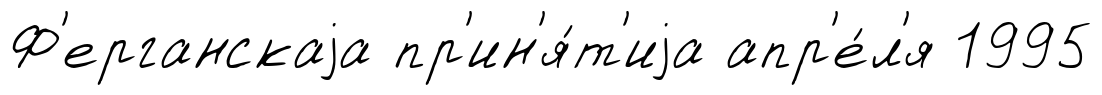
Ф'ерганскаjа пр'ин'я́т'иjа апр'е́л'я 1995